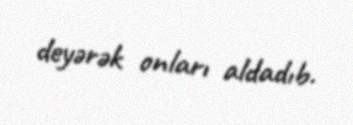
deyərək onları aldadıb.